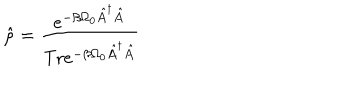
\hat { \rho } = \frac { e ^ { - \beta \Omega _ { 0 } \hat { A } ^ { \dagger } \hat { A } } } { \mathrm { T r } e ^ { - \beta \Omega _ { 0 } \hat { A } ^ { \dagger } \hat { A } } }